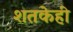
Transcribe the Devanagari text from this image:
शतकेही